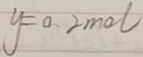
y = 0 . 2 m o l